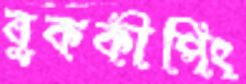
বুককীপিং